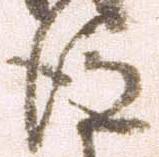
後